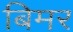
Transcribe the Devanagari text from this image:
बिमर